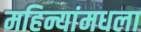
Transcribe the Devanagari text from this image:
महिन्यांमधला